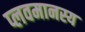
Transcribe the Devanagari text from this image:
प्लवमानस्य